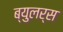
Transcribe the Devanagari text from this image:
ब्युलर्स